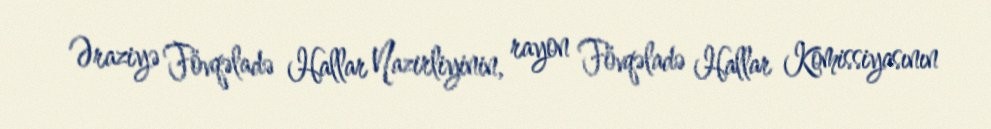
Əraziyə Fövqəladə Hallar Nazirliyinin, rayon Fövqəladə Hallar Komissiyasının